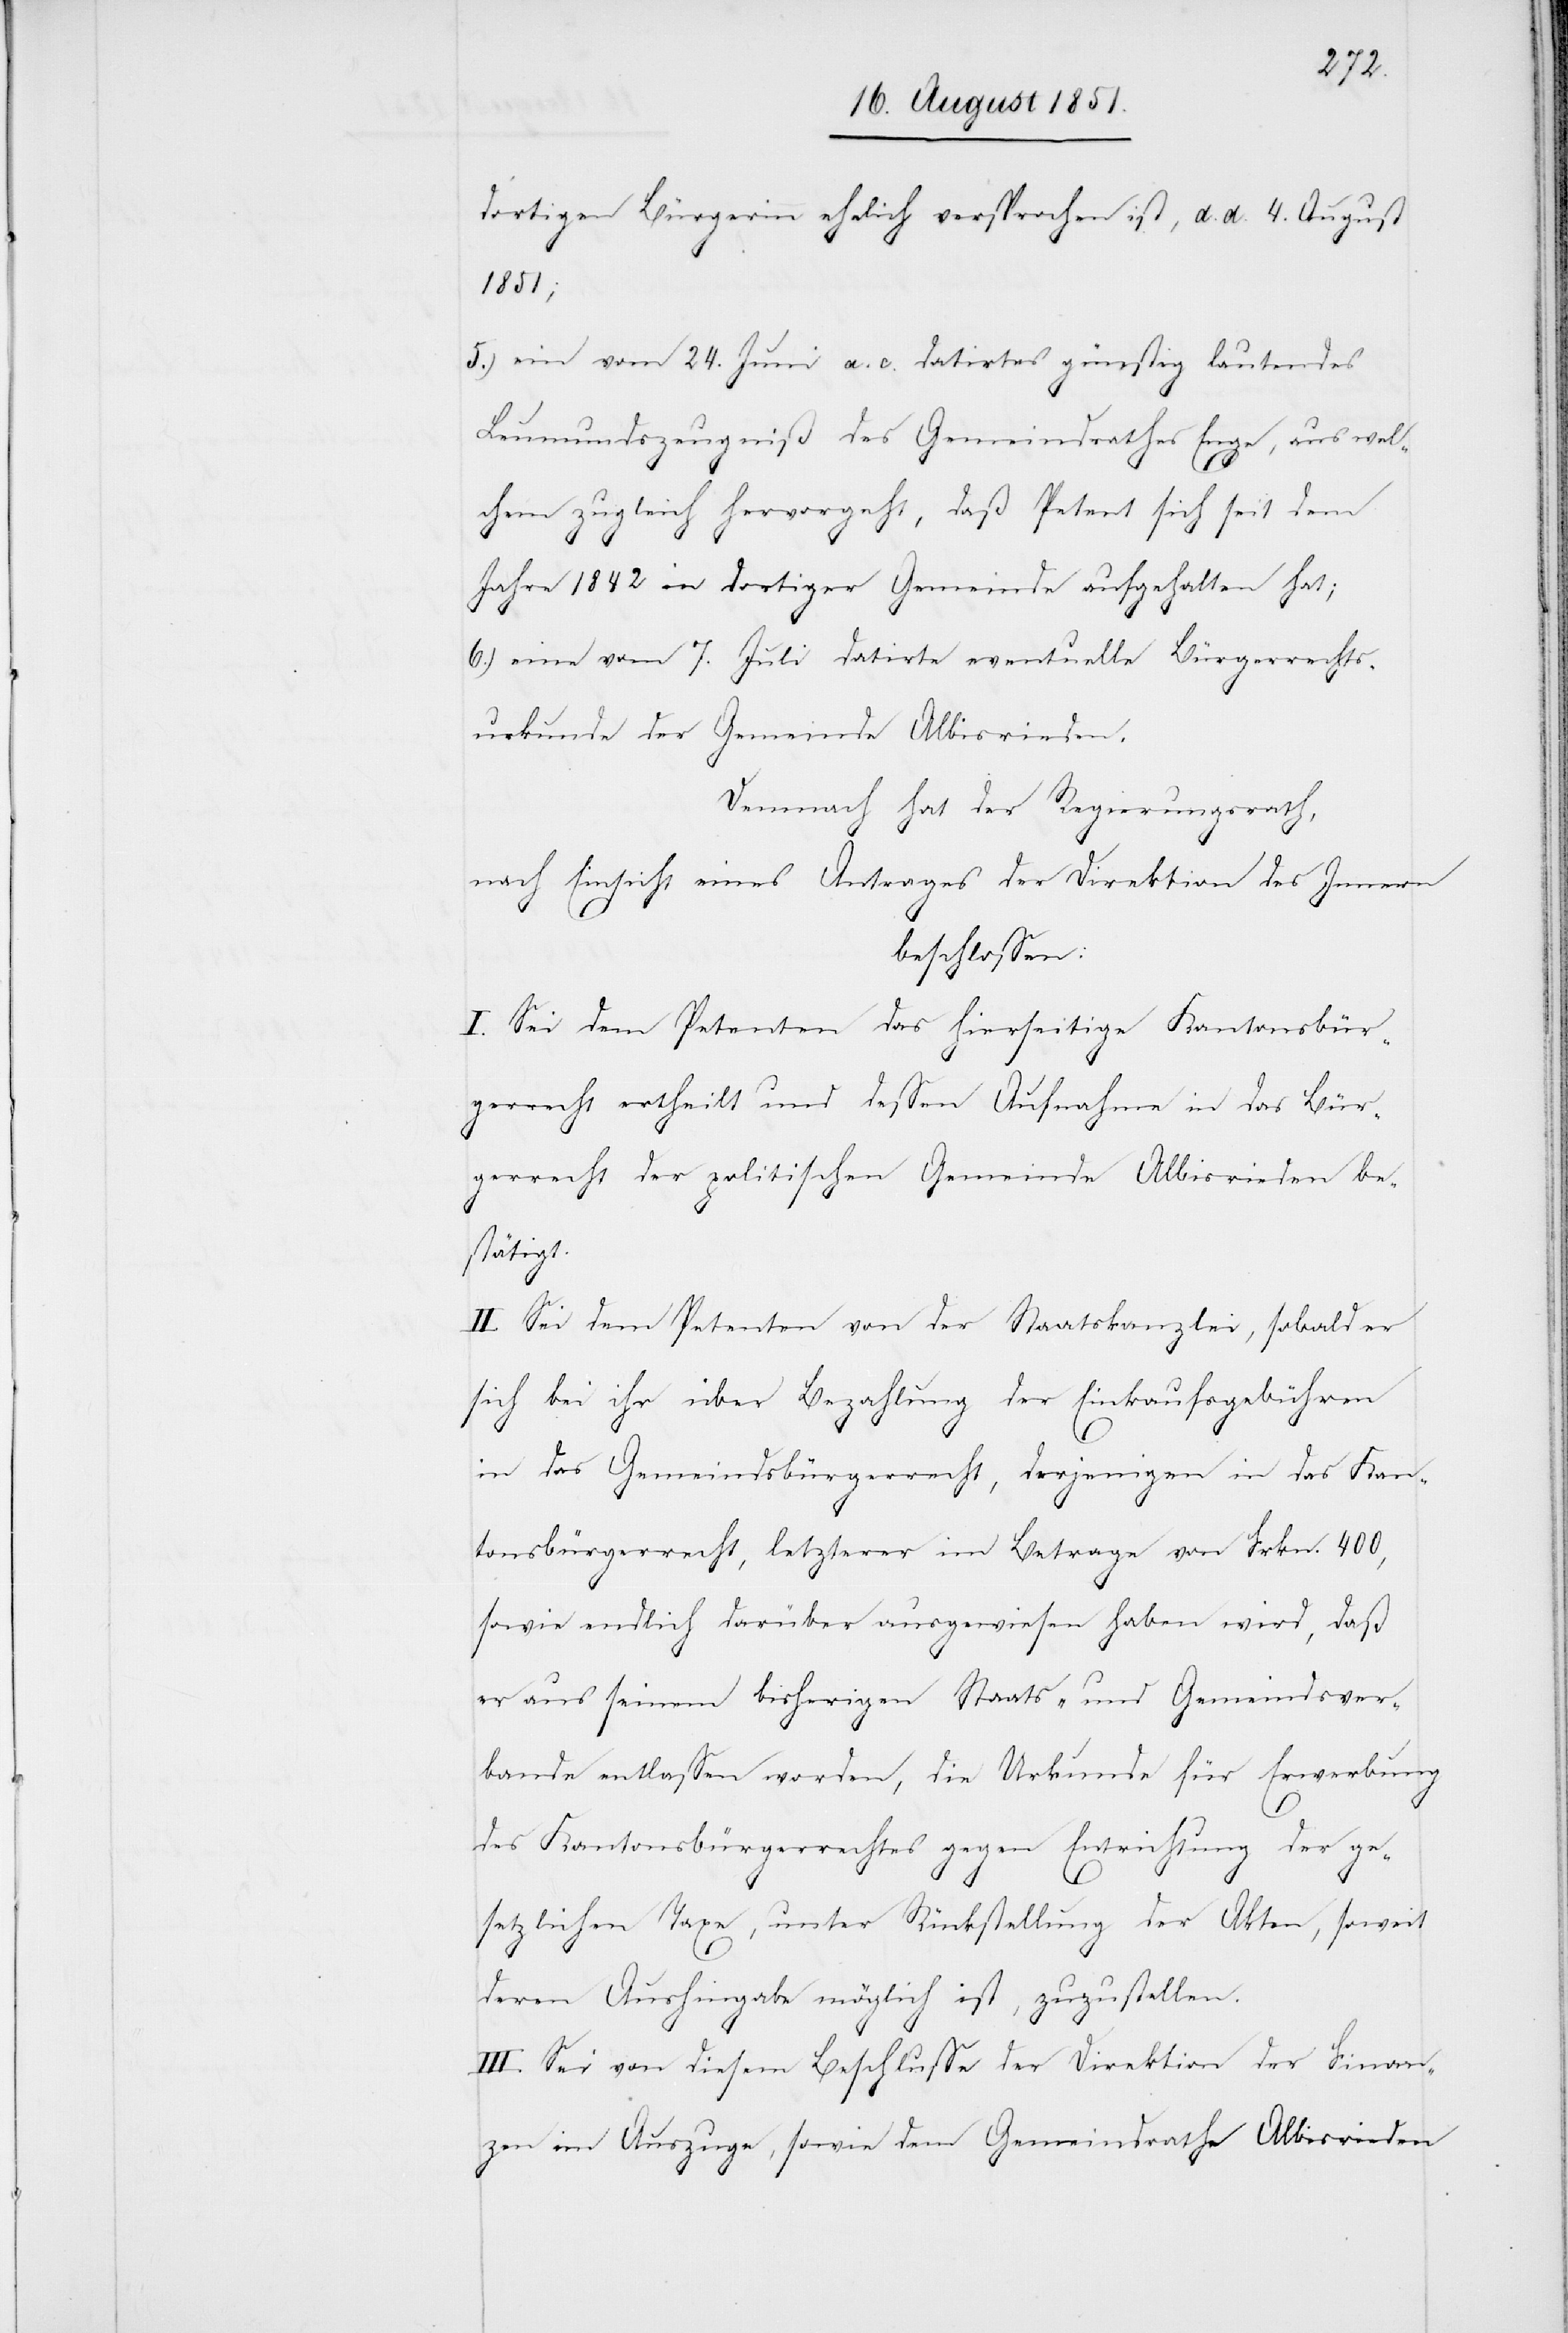
dortigen Bürgerin ehelich versprochen ist, d. d. 4. August
1851;
ein vom 24. Juni a. c. datirtes günstig lautendes
Leumundszeugniß des Gemeindrathes Enge, aus wel¬
chem zugleich hervorgeht, daß Petent sich seit dem
Jahre 1842 in dortiger Gemeinde aufgehalten hat;
eine vom 7. Juli datirte eventuelle Bürgerrechts¬
urkunde der Gemeinde Albisrieden.
Demnach hat der Regierungsrath,
nach Einsicht eines Antrages der Direktion des Innern
beschlossen:
I. Sei dem Petenten das hierseitige Kantonsbür¬
gerrecht ertheilt und dessen Aufnahme in das Bür¬
gerrecht der politischen Gemeinde Albisrieden be¬
stätigt.
II. Sei dem Petenten von der Staatskanzlei, sobald er
sich bei ihr über Bezahlung der Einkaufsgebühren
in das Gemeindsbürgerrecht, derjenigen in das Kan¬
tonsbürgerrecht, letzterer im Betrage von Frkn. 400,
sowie endlich darüber ausgewiesen haben wird, daß
er aus seinem bisherigen Staats- und Gemeindsver¬
bande entlassen worden, die Urkunde für Erwerbung
des Kantonsbürgerrechtes gegen Entrichtung der ge¬
setzlichen Taxe, unter Rückstellung der Akten, soweit
deren Aushingabe möglich ist, zuzustellen.
III. Sei von diesem Beschlusse der Direktion der Finan¬
zen im Auszuge, sowie dem Gemeindrathe Albisrieden